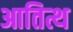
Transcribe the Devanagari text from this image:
आतित्थ